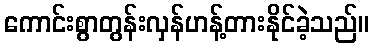
ကောင်းစွာတွန်းလှန်ဟန့်တားနိုင်ခဲ့သည်။